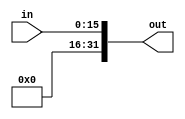
module unSignExtImmediate(input [15:0] in, output [31:0] out);

assign out[15:0] = in;

assign out[31:16] = 16'd0;

endmodule